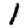
Digit: 1